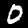
Digit: 0